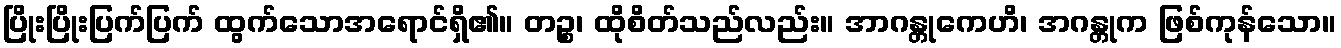
ပြိုးပြိုးပြက်ပြက် ထွက်သောအရောင်ရှိ၏။ တဉ္စ၊ ထိုစိတ်သည်လည်း။ အာဂန္တုကေဟိ၊ အဂန္တုက ဖြစ်ကုန်သော။